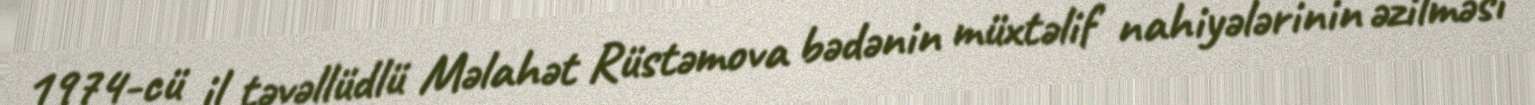
1974-cü il təvəllüdlü Məlahət Rüstəmova bədənin müxtəlif nahiyələrinin əzilməsi